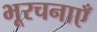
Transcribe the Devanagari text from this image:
भूरचनाएँ